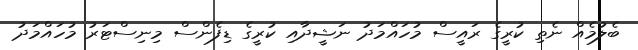
ބެލުމެއް ނެތި ކުރީގެ ރައީސް މުހައްމަދު ނަޝީދާއި ކުރީގެ ޑިފެންސް މިނިސްޓަރު މުހައްމަދު